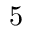
5